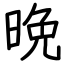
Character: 晩